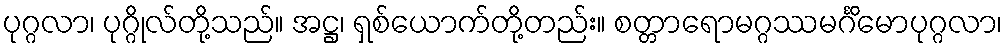
ပုဂ္ဂလာ၊ ပုဂ္ဂိုလ်တို့သည်။ အဋ္ဌ၊ ရှစ်ယောက်တို့တည်း။ စတ္တာရောမဂ္ဂဿမင်္ဂိမောပုဂ္ဂလာ၊